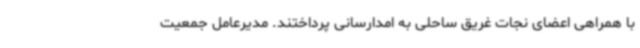
با همراهی اعضای نجات غریق ساحلی به امدارسانی پرداختند. مدیرعامل جمعیت